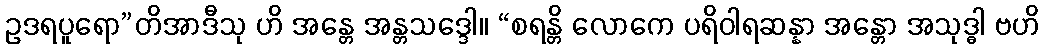
ဥဒရပူရော”တိအာဒီသု ဟိ အန္တေ အန္တသဒ္ဒေါ။ “စရန္တိ လောကေ ပရိဝါရဆန္နာ အန္တော အသုဒ္ဓါ ဗဟိ